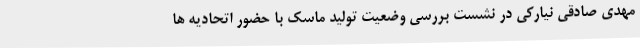
مهدی صادقی نیارکی در نشست بررسی وضعیت تولید ماسک با حضور اتحادیه ها